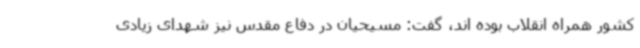
کشور همراه انقلاب بوده اند، گفت: مسیحیان در دفاع مقدس نیز شهدای زیادی